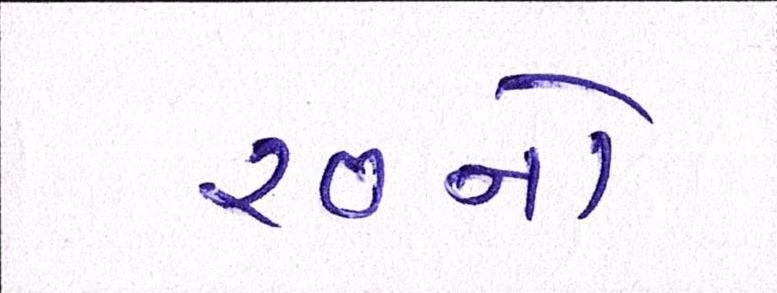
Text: ૨૦નો